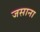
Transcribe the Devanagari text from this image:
जसाना